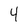
Character: 4